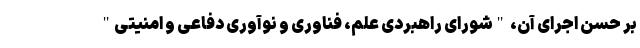
بر حسن اجرای آن، "شورای راهبردی علم، فناوری و نوآوری دفاعی و امنیتی"